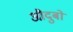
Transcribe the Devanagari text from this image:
औदुबों